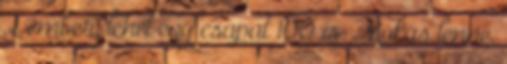
2 ember, lehet egy csapat 100 is. Mókás lenne,